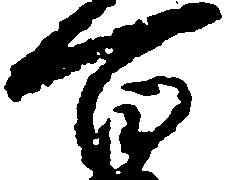
百